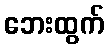
ဘေးထွက်